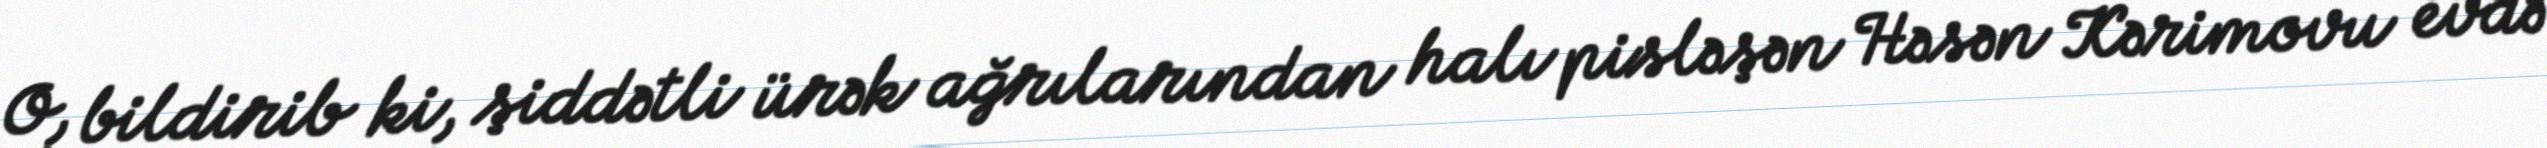
O, bildirib ki, şiddətli ürək ağrılarından halı pisləşən Həsən Kərimovu evdə